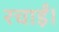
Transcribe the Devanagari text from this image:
रचाईं।